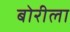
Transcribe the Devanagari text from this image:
बोरीला